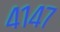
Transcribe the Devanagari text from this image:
४१४७